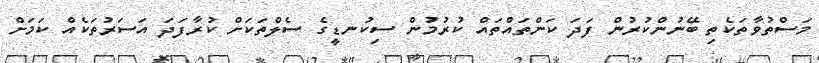
މަސްތުވާތަކެތި ބޭނުންކުރުން ފަދަ ކަންތައްތައް ކުރުމުން ސިކުނޑީގެ ސެލްތަކަށް ކުރާފަދަ އަސަރުތަކެއް ކަމަށް